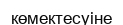
көмектесуіне